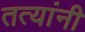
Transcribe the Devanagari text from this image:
तत्यांनी